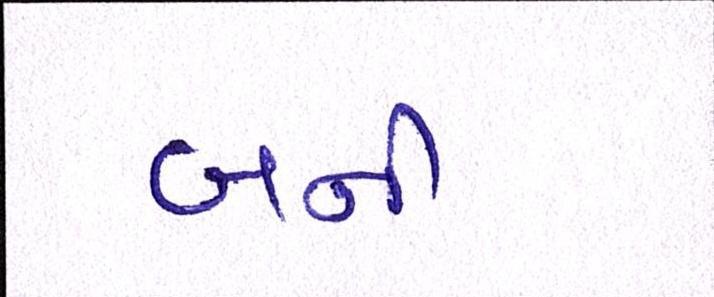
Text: બની